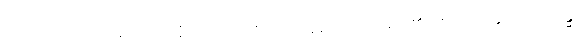
သုပ္ပတိဋ္ဌအမည်ရှိသော။ နိဂြောဓရာဇဿ၊ ပညောင်ပင်မင်း၏။ ဧကံ၊ တခုသော။ ခန္ဓံ၊